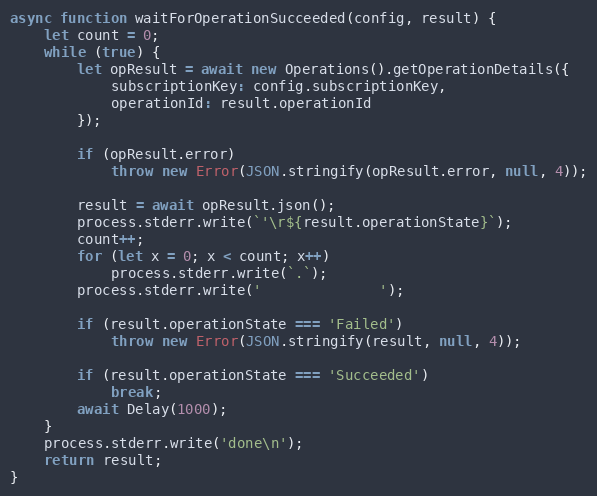
Language: JavaScript
async function waitForOperationSucceeded(config, result) {
    let count = 0;
    while (true) {
        let opResult = await new Operations().getOperationDetails({
            subscriptionKey: config.subscriptionKey,
            operationId: result.operationId
        });

        if (opResult.error)
            throw new Error(JSON.stringify(opResult.error, null, 4));

        result = await opResult.json();
        process.stderr.write(`'\r${result.operationState}`);
        count++;
        for (let x = 0; x < count; x++)
            process.stderr.write(`.`);
        process.stderr.write('              ');

        if (result.operationState === 'Failed')
            throw new Error(JSON.stringify(result, null, 4));

        if (result.operationState === 'Succeeded')
            break;
        await Delay(1000);
    }
    process.stderr.write('done\n');
    return result;
}